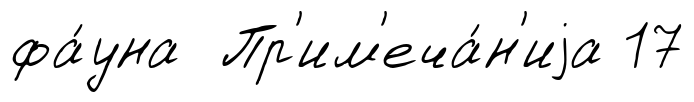
фа́уна Пр'им'еча́н'иjа 17